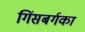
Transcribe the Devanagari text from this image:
गिंसबर्गका